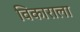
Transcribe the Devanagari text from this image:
विकाराला